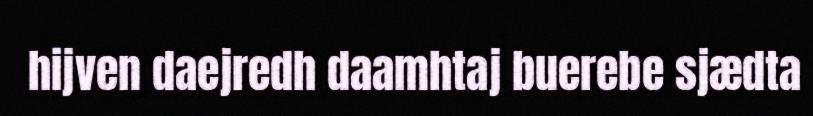
hijven daejredh daamhtaj buerebe sjædta